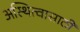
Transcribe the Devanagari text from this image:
अस्थित्वासाठी